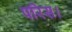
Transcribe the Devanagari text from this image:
परिस।